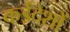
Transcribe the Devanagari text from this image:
कईदेशों